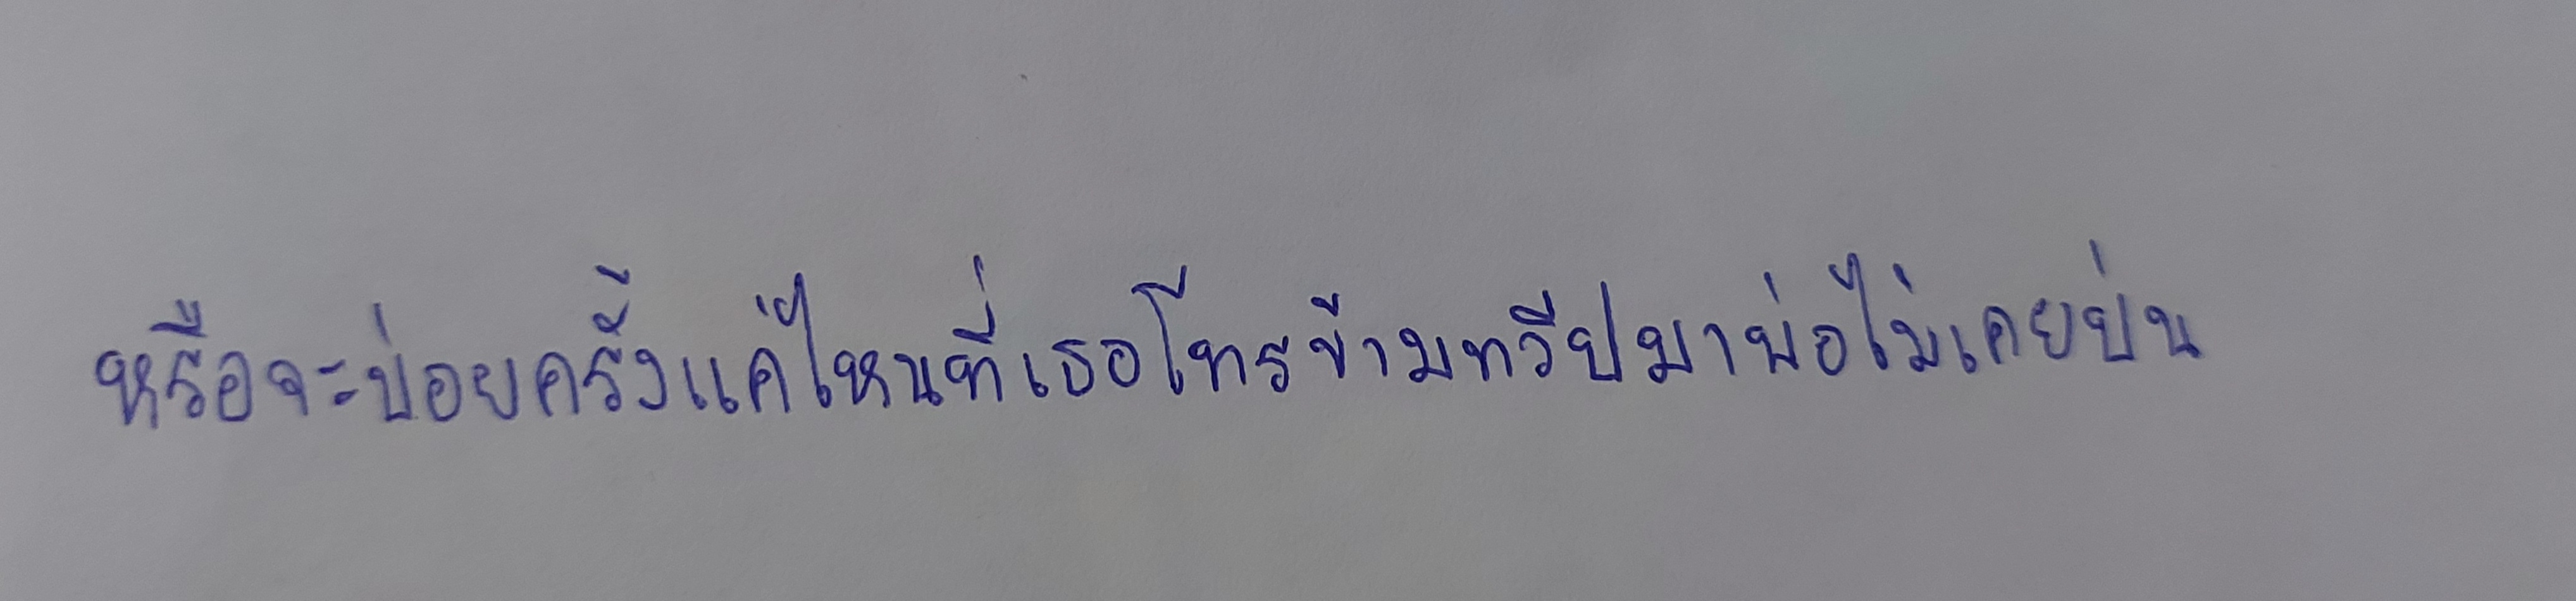
หรือจะบ่อยครั้งแค่ไหนที่เธอโทรข้ามทวีปมาพ่อไม่เคยบ่น